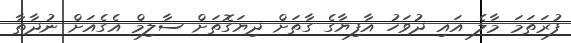
ފުރަތަމަ މާލެ އައި ދުވަހު އާފިޔާގެ ގާތަށް ދިޔަގޮތަށް ސާލިމް އެގެއަށް ނުދާތާ